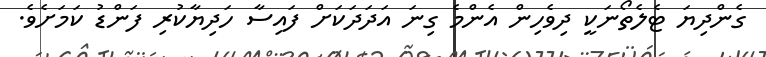
ގެންދިޔަ ޓެލެތޯނަކީ ދިވެހިން އެންމެ ގިނަ އަދަދަކަށް ފައިސާ ހަދިޔާކުރި ފަންޑު ކަމަށެވެ.